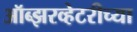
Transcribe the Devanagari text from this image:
ऑब्झरव्हेटरीच्या